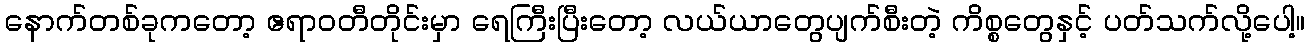
နောက်တစ်ခုကတော့ ဧရာဝတီတိုင်းမှာ ရေကြီးပြီးတော့ လယ်ယာတွေပျက်စီးတဲ့ ကိစ္စတွေနှင့် ပတ်သက်လို့ပေါ့။